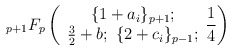
\begin{align*}{}_{p+1}F_p \left(\begin{array}{c} \{1 + a_i \}_{p+1}; \\ \frac{3}{2} + b; ~ \{ 2 + c_i \}_{p-1}; \end{array} \frac{1}{4} \right)\end{align*}